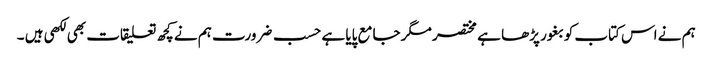
ہم نے اس کتاب کو بغور پڑھا ہے مختصر مگر جامع پایا ہے حسب ضرورت ہم نے کچھ تعلیقات بھی لکھی ہیں ۔